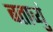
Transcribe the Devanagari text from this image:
बताव्युं